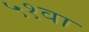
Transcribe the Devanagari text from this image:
५१वा